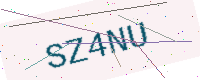
Text: SZ4NU